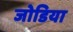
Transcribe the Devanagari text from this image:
जोडिया